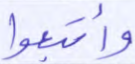
وأتبعوا